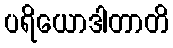
ပရိယောဒါတာတိ